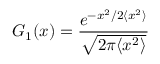
G _ { 1 } ( x ) = \frac { e ^ { - x ^ { 2 } / 2 \langle x ^ { 2 } \rangle } } { \sqrt { 2 \pi \langle x ^ { 2 } \rangle } }